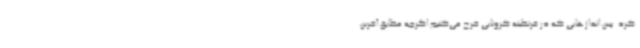
کرد. پس اندازهایی که در قرنطینه کرونایی خرج می‌کنیم اگرچه مطابق آخرین